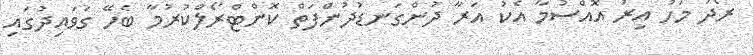
ރޯދަ މަހު އިރު އޮއްސުމާ އެކު އަރާ ދުންގަނޑުދުންފަތް ކޮންޓްރޯލްކުރުމާ ބެހޭ ގަވައިދުގައި